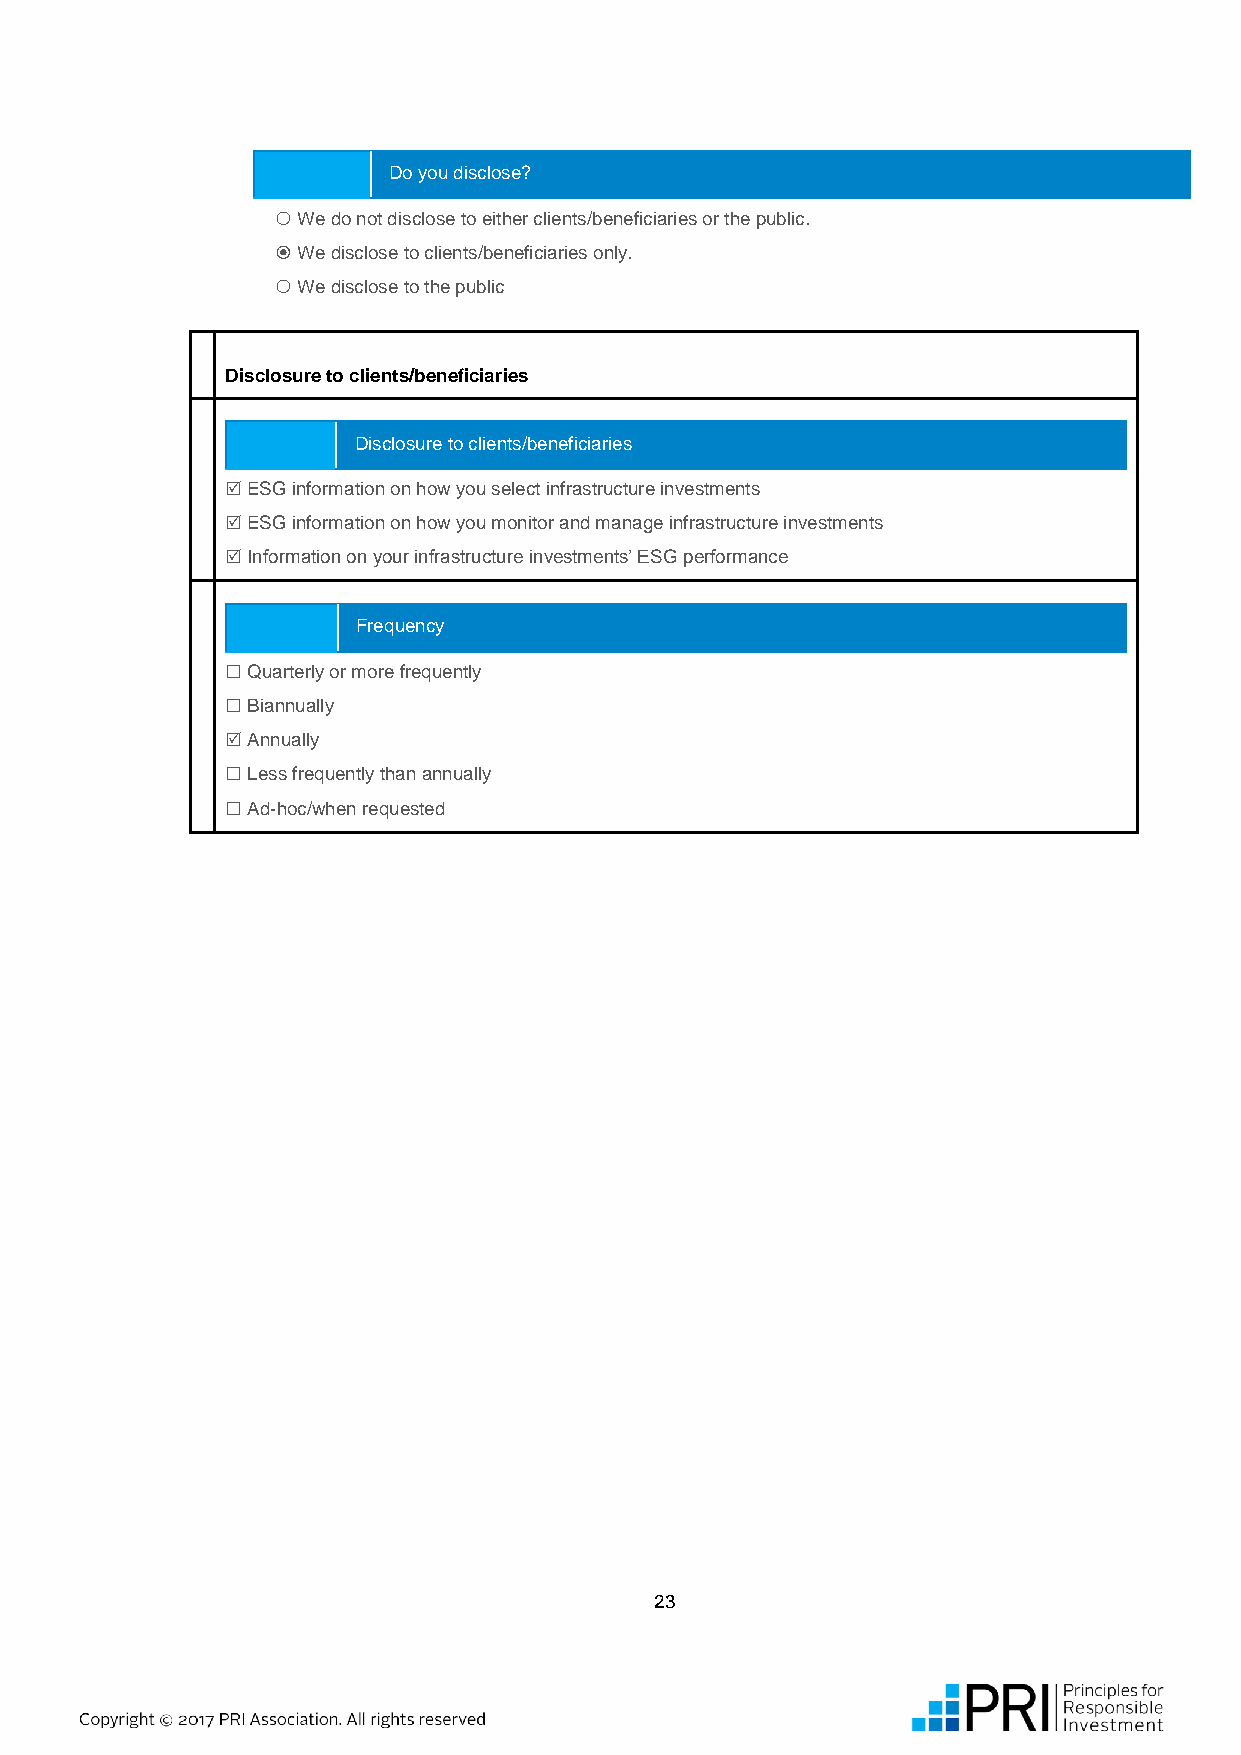
Do you disclose?
  We do not disclose to either clients/beneficiaries or the public.
  We disclose to clients/beneficiaries only.
  We disclose to the public
 Disclosure to clients/beneficiaries
 Disclosure to clients/beneficiaries
  ESG information on how you select infrastructure investments
  ESG information on how you monitor and manage infrastructure investments
  Information on your infrastructure investments’ ESG performance
 Frequency
  Quarterly or more frequently
  Biannually
  Annually
  Less frequently than annually
  Ad-hoc/when requested
 23